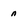
Character: n